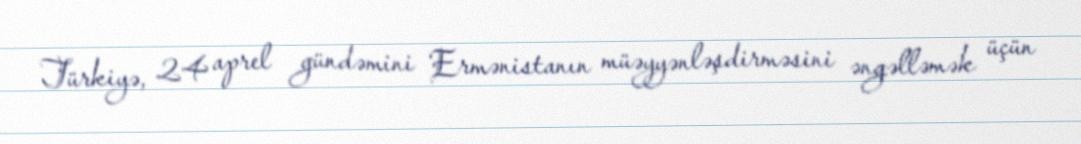
Türkiyə, 24 aprel gündəmini Ermənistanın müəyyənləşdirməsini əngəlləmək üçün